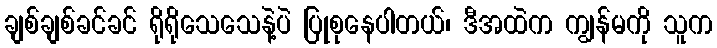
ချစ်ချစ်ခင်ခင် ရိုရိုသေသေနဲ့ပဲ ပြုစုနေပါတယ်၊ ဒီအထဲက ကျွန်မကို သူက